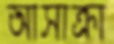
আসাক্রা